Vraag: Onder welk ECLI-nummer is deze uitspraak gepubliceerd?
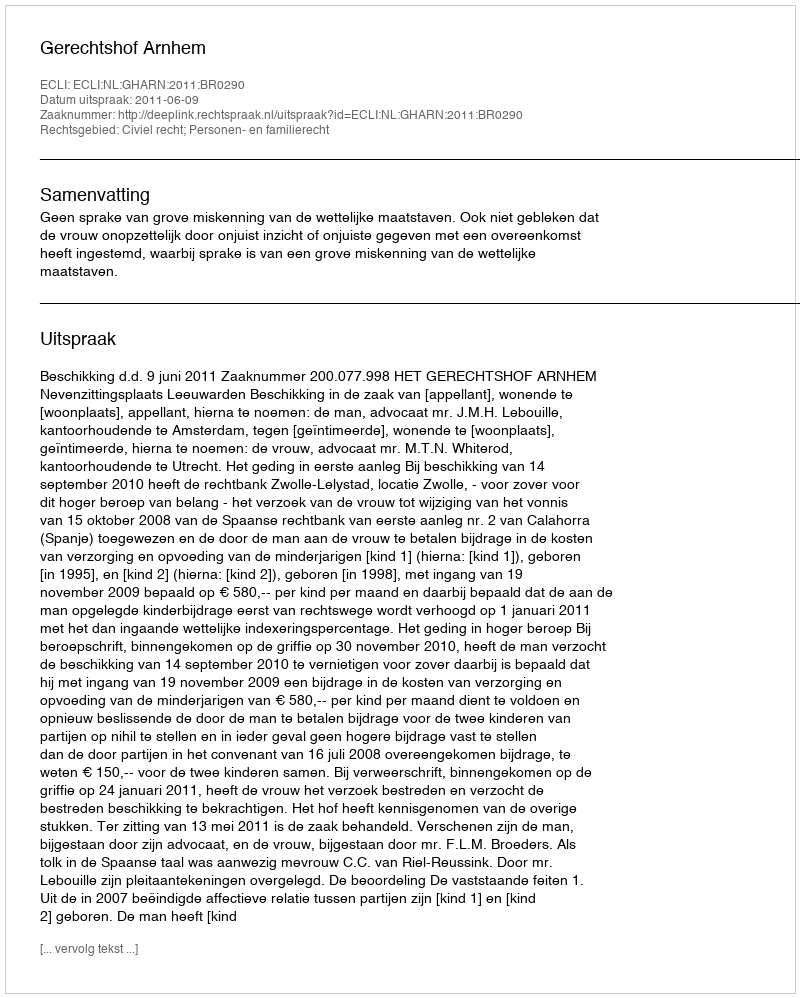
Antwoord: ECLI:NL:GHARN:2011:BR0290